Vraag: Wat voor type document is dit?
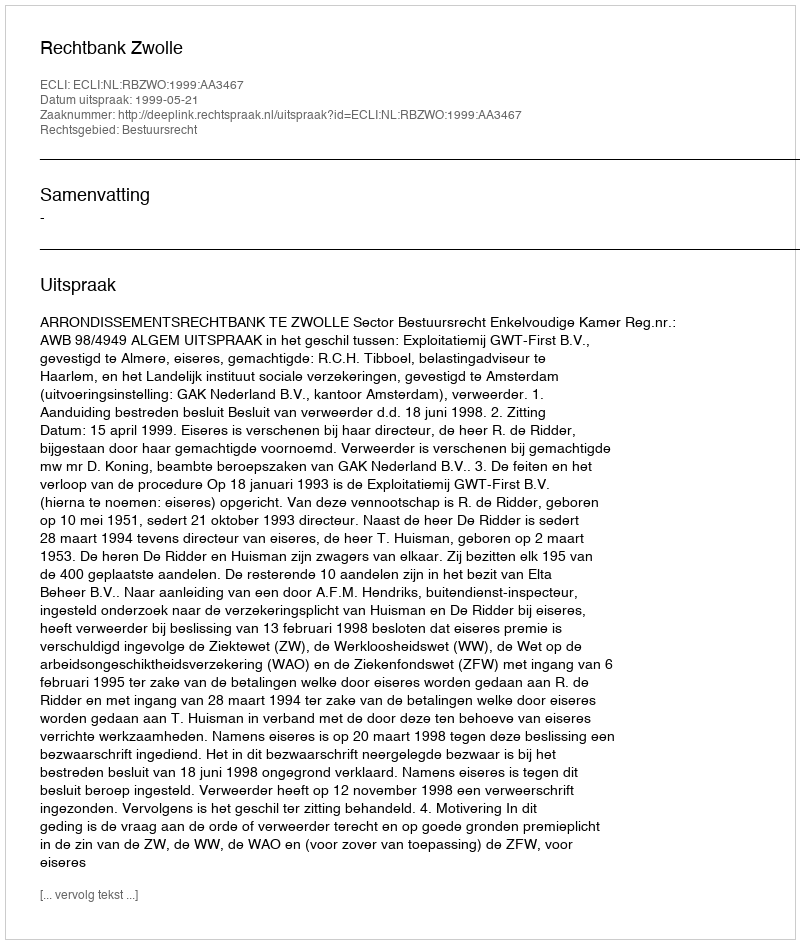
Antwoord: Uitspraak